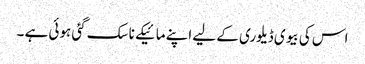
اس کی بیوی ڈیلوری کے لیے اپنے مائیکے ناسک گئی ہوئی ہے ۔